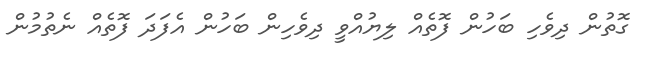
ގޮތުން ދިވެހި ބަހުން ފޮތެއް ލިޔުއްވީ ދިވެހިން ބަހުން އެފަދަ ފޮތެއް ނެތުމުން